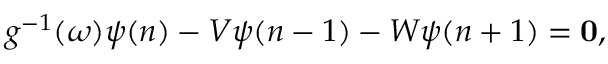
\begin{array} { r } { g ^ { - 1 } ( \omega ) \psi ( n ) - V \psi ( n - 1 ) - W \psi ( n + 1 ) = \mathbf { 0 } , } \end{array}